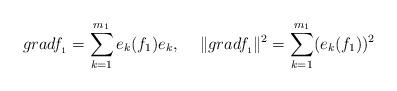
LaTeX: \begin{align*}gradf_{_1}=\sum_{k=1}^{m_1}e_k(f_1)e_k, \hskip 0.5cm \|gradf_{_1}\|^2=\sum_{k=1}^{m_1}(e_k(f_1))^2\end{align*}